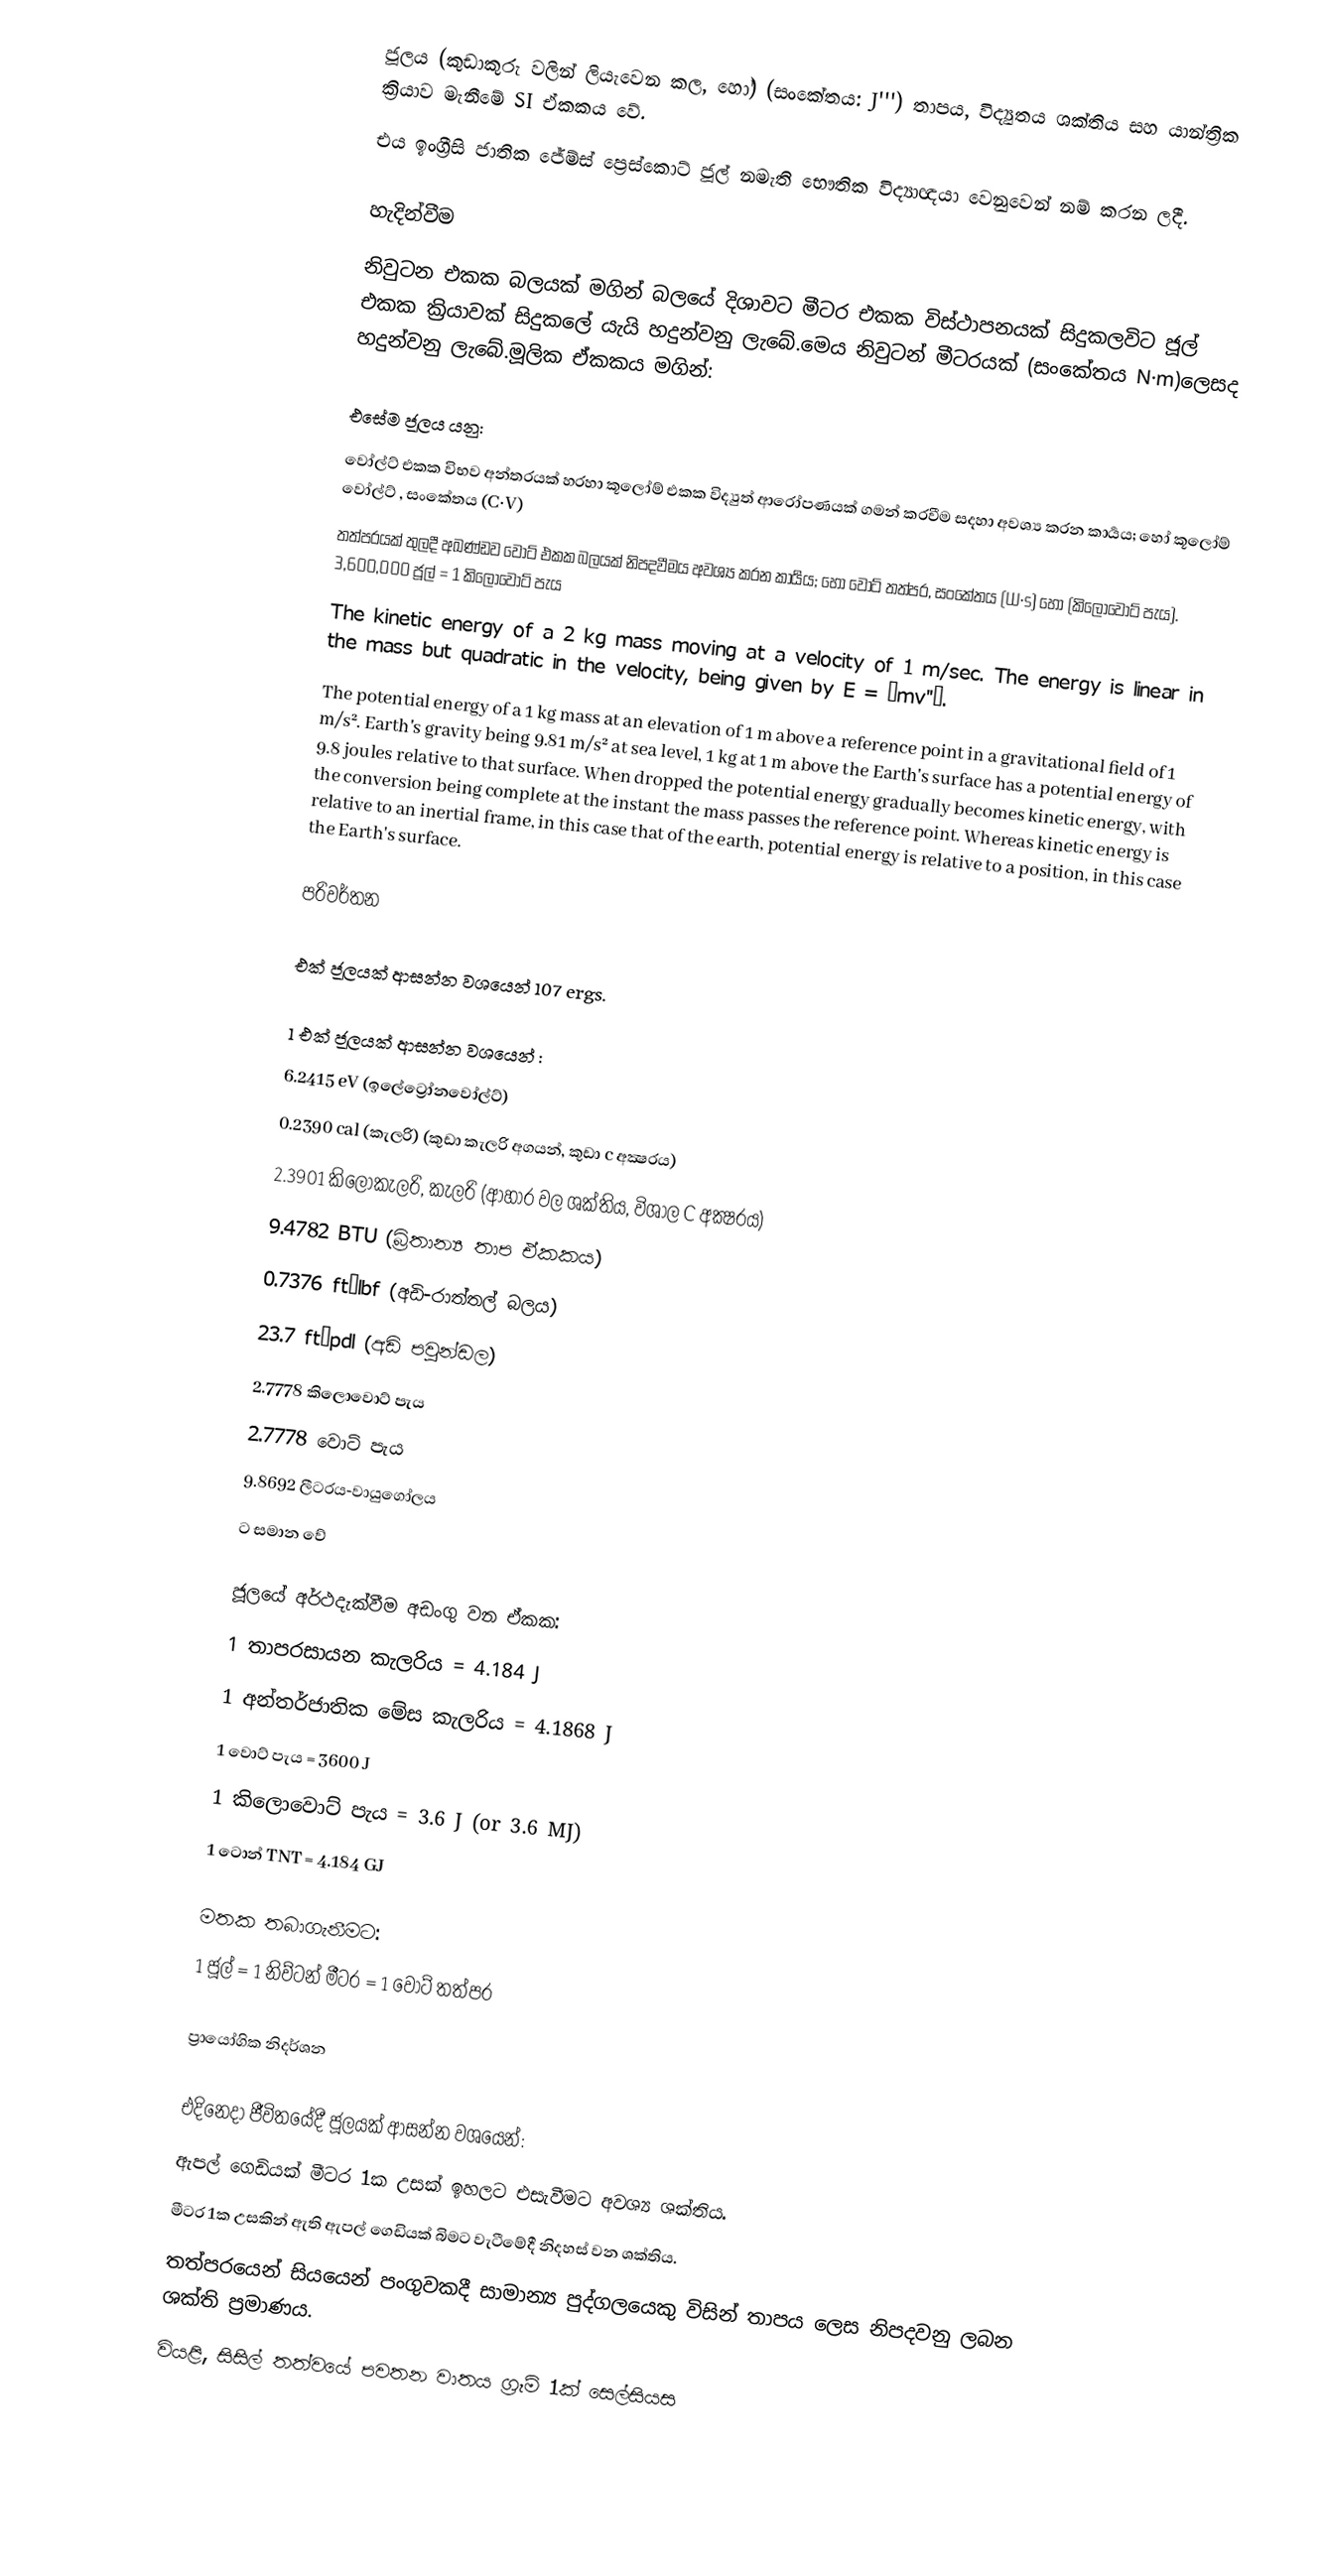
ජූලය (කුඩාකුරු වලින් ලියැවෙන කල,  හෝ) (සංකේතය: J''')   තාපය, විද්‍යුතය ශක්තිය සහ යාන්ත්‍රික ක්‍රියාව මැනීමේ SI ඒකකය වේ.
එය ඉංග්‍රීසි ජාතික ජේම්ස් ප්‍රෙස්කොට් ජූල් නමැති භෞතික විද්‍යාඥයා වෙනුවෙන් නම් කරන ලදී.

 හැදින්වීම
නිවුටන එකක බලයක් මගින් බලයේ දිශාවට මීටර එකක විස්ථාපනයක් සිදුකලවිට ජූල් එකක ක්‍රියාවක් සිදුකලේ යැයි හදුන්වනු ලැබේ.මෙය නිවුටන් මීටරයක් (සංකේතය N·m)ලෙසද හදුන්වනු ලැබේ.මූලික ඒකකය මගින්:

එසේම ජූලය යනු:
 වෝල්ට් එකක විභව අන්තරයක් හරහා කූලෝම් එකක විද්‍යුත් ආරෝපණයක් ගමන් කරවීම සදහා අවශ්‍ය කරන කාර්‍යය; හෝ කූලෝම් වෝල්ට් , සංකේතය (C·V)
 තත්පරයක් තුලදී අඛණ්ඩව වොට් එකක බලයක් නිපදවීමය අවශ්‍ය කරන කාර්‍යය; හෝ වොට් තත්පර, සංකේතය (W·s) හෝ (කිලෝවොට් පැය). 3,600,000 ජූල් = 1 කිලෝවොට් පැය
 The kinetic energy of a 2 kg mass moving at a velocity of 1 m/sec.  The energy is linear in the mass but quadratic in the velocity, being given by E = ½mv''².
 The potential energy of a 1 kg mass at an elevation of 1 m above a reference point in a gravitational field of 1 m/s².  Earth's gravity being 9.81 m/s² at sea level, 1 kg at 1 m above the Earth's surface has a potential energy of 9.8 joules relative to that surface.  When dropped the potential energy gradually becomes kinetic energy, with the conversion being complete at the instant the mass passes the reference point.  Whereas kinetic energy is relative to an inertial frame, in this case that of the earth, potential energy is relative to a position, in this case the Earth's surface.

පරිවර්තන

එක් ජූලයක් ආසන්න වශයෙන් 107 ergs.

1 එක් ජූලයක් ආසන්න වශයෙන් :
 6.2415  eV (ඉලේට්‍රෝනවෝල්ට්)
 0.2390 cal (කැලරි) (කුඩා කැලරි අගයන්, කුඩා c අක්‍ෂරය)
 2.3901  කිලෝකැලරි, කැලරි (ආහාර වල ශක්තිය, විශාල C අක්‍ෂරය)
 9.4782  BTU (බ්‍රිතාන්‍ය තාප ඒකකය)
 0.7376 ft·lbf (අඩි-රාත්තල් බලය)
 23.7 ft·pdl (අඩි පවුන්ඩල)
 2.7778  කිලොවොට් පැය
 2.7778  වොට් පැය
 9.8692  ලීටරය-වායුගෝලය
ට සමාන වේ

ජූලයේ අර්ථදැක්වීම අඩංගු වන ඒකක:
 1 තාපරසායන කැලරිය = 4.184 J
 1 අන්තර්ජාතික මේස කැලරිය = 4.1868 J
 1 වොට් පැය = 3600 J
 1 කිලොවොට් පැය = 3.6  J (or 3.6 MJ)
 1 ටොන් TNT = 4.184 GJ

මතක තබාගැනීමට:
 1 ජූල් = 1 නිව්ටන් මීටර = 1 වොට් තත්පර

ප්‍රායෝගික නිදර්ශන

එදිනෙදා ජීවිතයේදී ජූලයක් ආසන්න වශයෙන්:
 ඇපල් ගෙඩියක් මීටර 1ක උසක් ඉහලට එසැවීමට අවශ්‍ය ශක්තිය.
 මීටර 1ක උසකින් ඇති ඇපල් ගෙඩියක් බිමට වැටීමේදී නිදහස් වන ශක්තිය.
 තත්පරයෙන් සියයෙන් පංගුවකදී සාමාන්‍ය පුද්ගලයෙකු විසින් තාපය ලෙස නිපදවනු ලබන ශක්ති ප්‍රමාණය.
 වියළි, සිසිල් තත්වයේ පවතන වාතය ග්‍රෑම් 1ක් සෙල්සියස